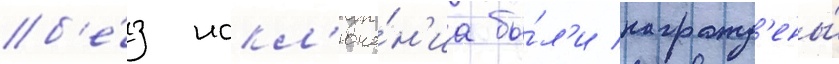
б'е́з искл'юче́н'иа бы́л'и награжд'ены́